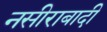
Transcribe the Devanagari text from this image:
नसीराबादी